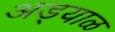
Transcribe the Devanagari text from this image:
अड्याळ